Indian journal of veterinary science and animal husbandry - Volume 2,
Year: 1932
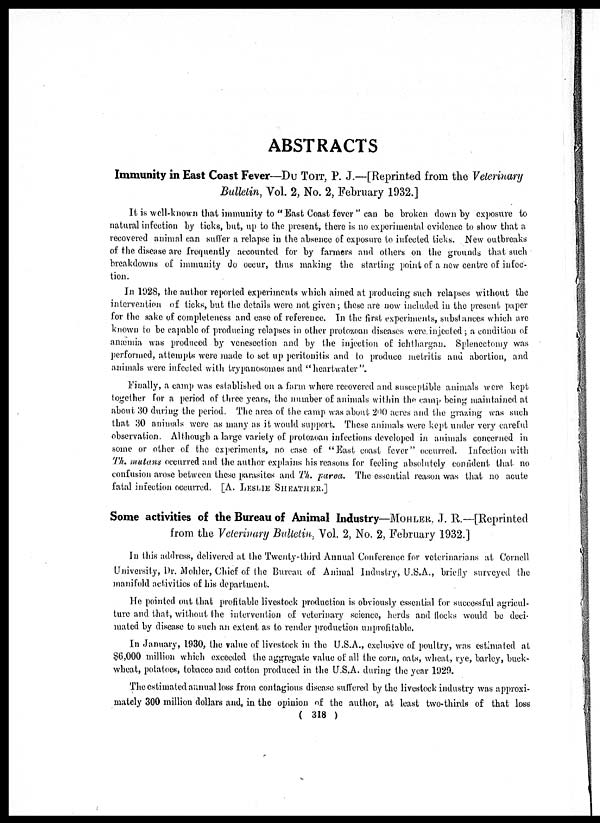
ABSTRACTS
Immunity in East Coast Fever—DU TOIT, P. J.—[Reprinted from the Veterinary
Bulletin, Vol. 2, No. 2, February 1932.]
It is well-known that immunity to " East Coast fever " can be broken down by exposure to
natural infection by ticks, but, up to the present, there is no experimental evidence to show that a
recovered animal can suffer a relapse in the absence of exposure to infected ticks. New outbreaks
of the disease are frequently accounted for by farmers and others on the grounds that such
breakdowns of immunity do occur, thus making the starting point of a new centre of infec-
tion.
In 1928, the author reported experiments which aimed at producing such relapses without the
intervention of ticks, but the details were not given; these are now included in the present paper
for the sake of completeness and case of reference. In the first experiments, substances which are
known to be capable of producing relapses in other protozoan diseases were injected ; a condition of
anæmia was produced by venesection and by the injection of ichthargan. Splenectomy was
performed, attempts were made to set up peritonitis and to produce metritis and abortion, and
animals were infected with trypanosomes and "heartwater"
Finally, a camp was established on a farm where recovered and susceptible animals were kept
together for a period of three years, the number of animals within the camp being maintained at
about 30 during the period. The area of the camp was about 200 acres and the grazing was such
that 30 animals were as many as it would support. These animals were kept under very careful
observation. Although a large variety of protozoan infections developed in animals concerned in
some or other of the experiments, no case of "East coast fever" occurred. Infection with
The mutans occurred and the author explains his reasons for feeling absolutely confident that no
confusion arose between these parasites and Th. parva. The essential reason was that no acute
fatal infection occurred. [A. LESLIE SHEATHER.]
Some activities of the Bureau of Animal Industry—MOHLER, J. R.—[Reprinted
from the Veterinary Bulletin, Vol. 2, No. 2, February 1932.]
In this address, delivered at the Twenty-third Annual Conference for veterinarians at Cornell
University, Dr. Mohler, Chief of the Bureau of Animal Industry, U.S.A., briefly surveyed the
manifold activities of his department.
He pointed out that profitable livestock production is obviously essential for successful agricul-
ture and that, without the intervention of veterinary science, herds and flocks would be deci-
mated by disease to such an extent as to render production unprofitable.
In January, 1930, the value of livestock in the U.S.A., exclusive of poultry, was estimated at
$6,000 million which exceeded the aggregate value of all the corn, oats, wheat, rye, barley, buck-
wheat, potatoes, tobacco and cotton produced in the U.S.A. during the year 1929.
The estimated annual loss from contagious disease suffered by the livestock industry was approxi-
mately 300 million dollars and, in the opinion of the author, at least two-thirds of that loss
( 318 )